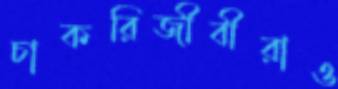
চাকরিজীবীরাও